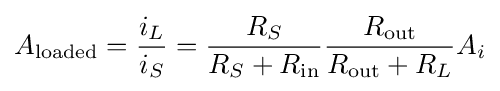
A_{\text{loaded}}={\frac {i_{L}}{i_{S}}}={\frac {R_{S}}{R_{S}+R_{\text{in}}}}{\frac {R_{\text{out}}}{R_{\text{out}}+R_{L}}}A_{i}